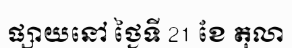
ផ្សាយនៅ ថ្ងៃទី 21 ខែ តុលា